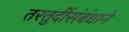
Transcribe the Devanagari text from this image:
तरतुदींसंबंधाने